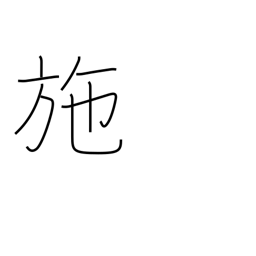
Meaning: bestow